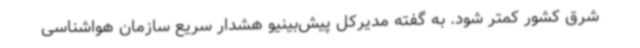
شرق کشور کمتر شود. به گفته مدیرکل پیش‌بینیو هشدار سریع سازمان هواشناسی